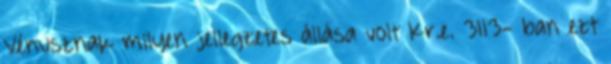
Vénusznak milyen jellegzetes állása volt Kr.e. 3113- ban ezt